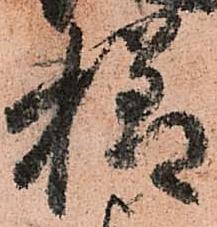
様